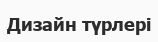
Дизайн түрлері